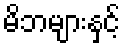
မိဘများနှင့်